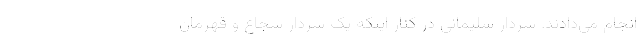
انجام می‌دادند. سردار سلیمانی در کنار اینکه یک سردار شجاع و قهرمان